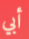
أبي